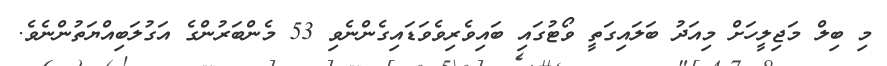
މި ބިލް މަޖިލީހަށް މިއަދު ބަލައިގަތީ ވޯޓުގައި ބައިވެރިވެވަޑައިގެންނެވި 53 މެންބަރުންގެ އަގުލަބިއްޔަތުންނެވެ.